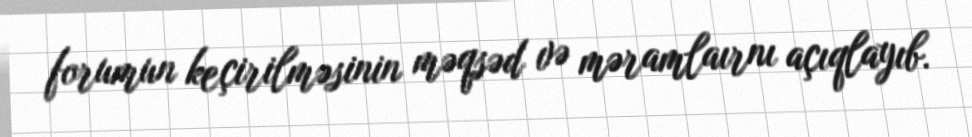
forumun keçirilməsinin məqsəd və məramlaırnı açıqlayıb.